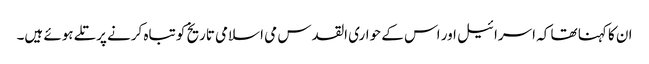
ان کا کہنا تھا کہ اسرائیل اور اس کے حواری القدس می اسلامی تاریخ کو تباہ کرنے پرتلے ہوئے ہیں۔